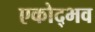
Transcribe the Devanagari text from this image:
एकोद्भव